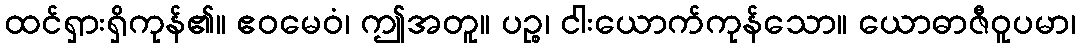
ထင်ရှားရှိကုန်၏။ ဧဝမေဝံ၊ ဤအတူ။ ပဉ္စ၊ ငါးယောက်ကုန်သော။ ယောဓာဇီဝူပမာ၊